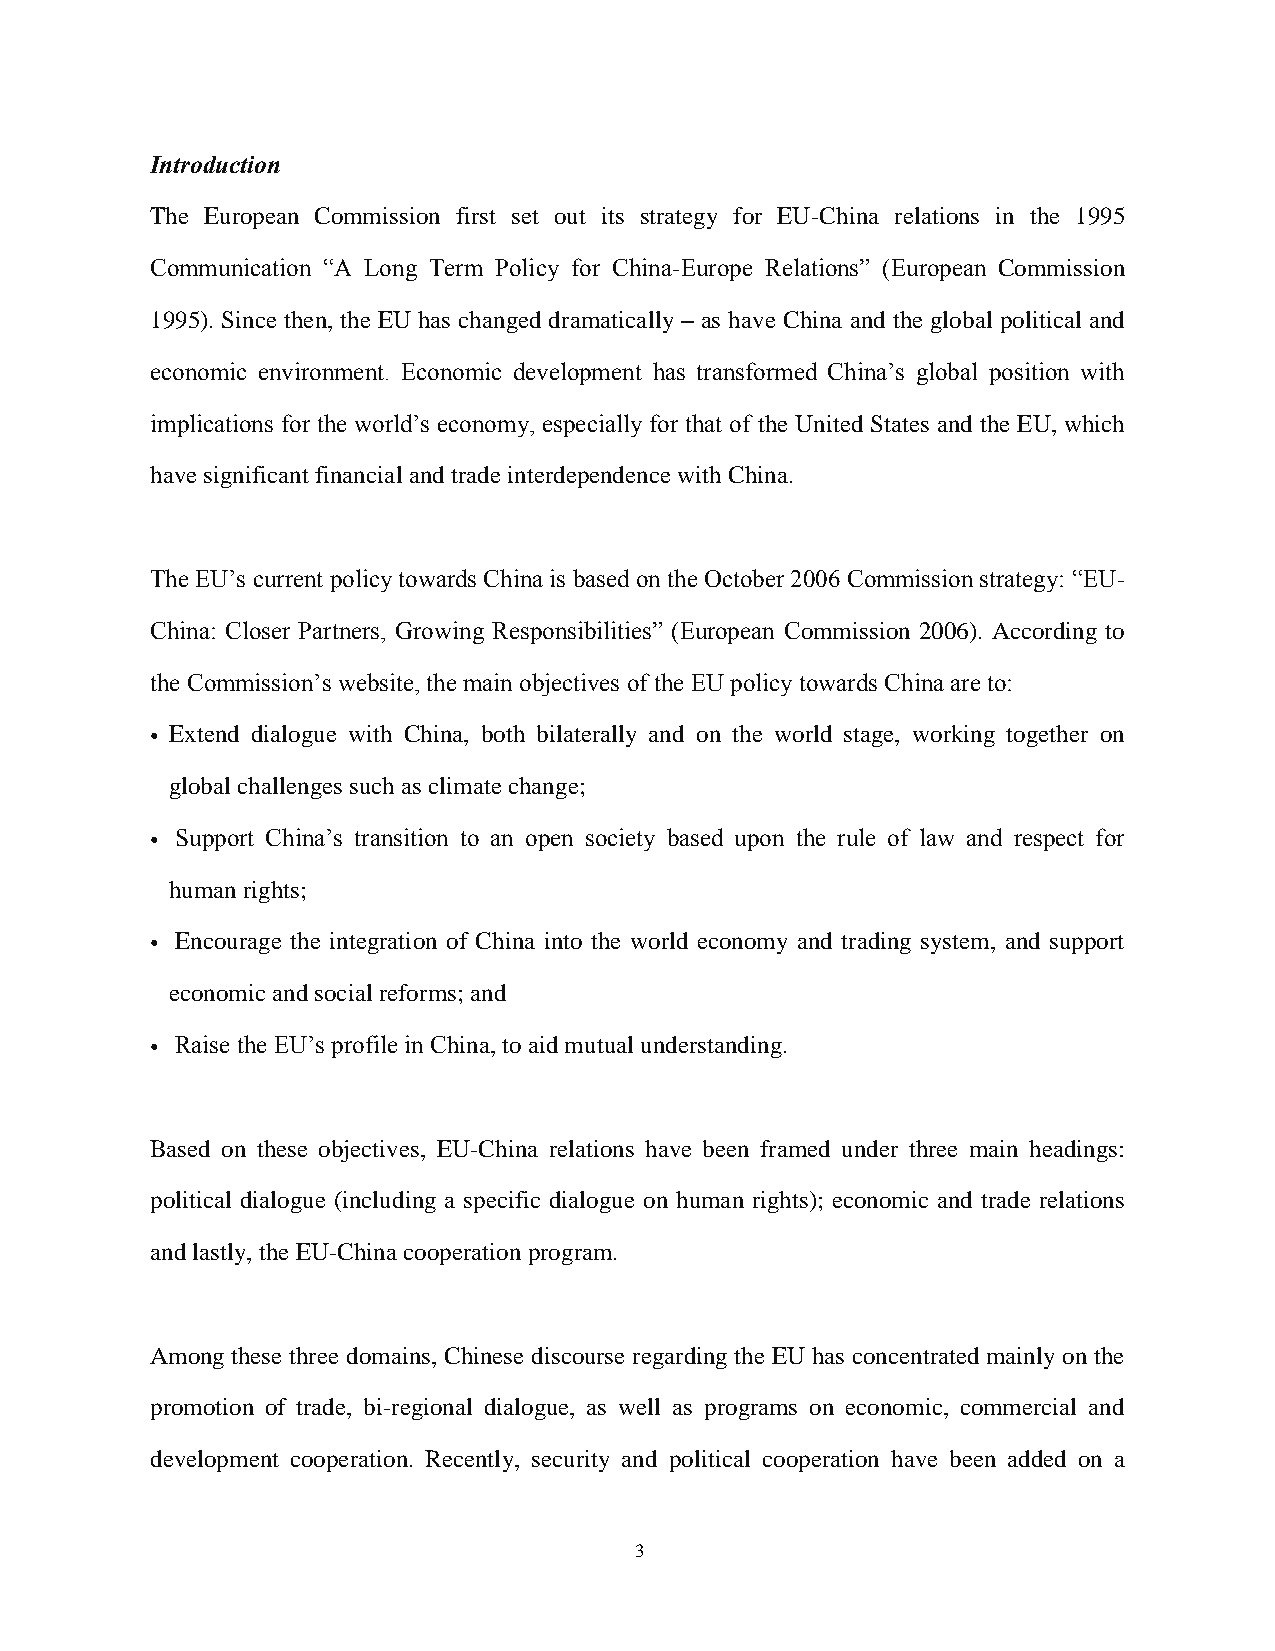
Introduction
 The European Commission first set out its strategy for EU-China relations in the 1995
 Communication “A Long Term Policy for China-Europe Relations” (European Commission
 1995). Since then, the EU has changed dramatically – as have China and the global political and
 economic environment. Economic development has transformed China’s global position with
 implications for the world’s economy, especially for that of the United States and the EU, which
 have significant financial and trade interdependence with China.
 The EU’s current policy towards China is based on the October 2006 Commission strategy: “EU-
 China: Closer Partners, Growing Responsibilities” (European Commission 2006). According to
 the Commission’s website, the main objectives of the EU policy towards China are to:
 • Extend dialogue with China, both bilaterally and on the world stage, working together on
 global challenges such as climate change;
 • Support China’s transition to an open society based upon the rule of law and respect for
 human rights;
 • Encourage the integration of China into the world economy and trading system, and support
 economic and social reforms; and
 • Raise the EU’s profile in China, to aid mutual understanding.
 Based on these objectives, EU-China relations have been framed under three main headings:
 political dialogue (including a specific dialogue on human rights); economic and trade relations
 and lastly, the EU-China cooperation program.
 Among these three domains, Chinese discourse regarding the EU has concentrated mainly on the
 promotion of trade, bi-regional dialogue, as well as programs on economic, commercial and
 development cooperation. Recently, security and political cooperation have been added on a
 3